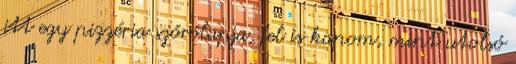
itt egy pizzéria szórólapja, fel is kapom, mint utolsó